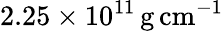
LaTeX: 2.25\times 10^{11}{{\mathrm{\, g}}}{\mathrm{\, cm}}^{-1}